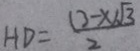
H D = \frac { ( 3 - x ) \sqrt { 3 } } { 2 }